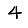
Digit: 4